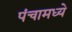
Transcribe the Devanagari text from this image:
पंचामध्ये